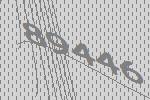
89446